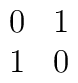
\begin{array}{cc}   0 & 1 \\  1 & 0 \end{array}